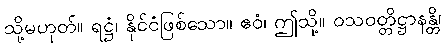
သို့မဟုတ်။ ရဋ္ဌံ၊ နိုင်ငံဖြစ်သော။ ဧဝံ၊ ဤသို့။ ဝသဝတ္တိဋ္ဌာနန္တိ၊